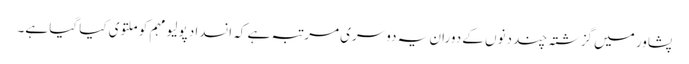
پشاور میں گزشتہ چند دنوں کے دوران یہ دوسری مرتبہ ہے کہ انسدادِ پولیو مہم کو ملتوی کیا گیا ہے۔